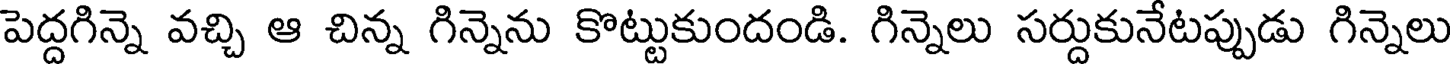
పెద్దగిన్నె వచ్చి ఆ చిన్న గిన్నెను కొట్టుకుందండి. గిన్నెలు సర్దుకునేటప్పుడు గిన్నెలు